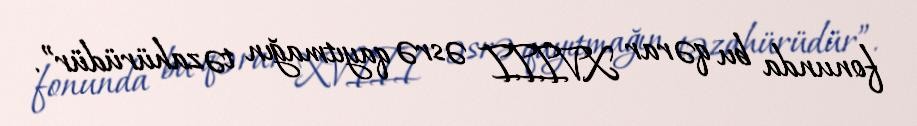
fonunda bu qərar XVIII əsrə qayıtmağın təzahürüdür”.